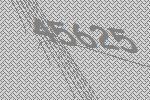
45625